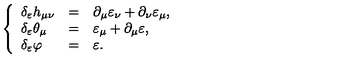
\left\{ \begin{array} { l l l } { \delta _ { \varepsilon } h _ { \mu \nu } } & { = } & { \partial _ { \mu } \varepsilon _ { \nu } + \partial _ { \nu } \varepsilon _ { \mu } , } \\ { \delta _ { \varepsilon } \theta _ { \mu } } & { = } & { \varepsilon _ { \mu } + \partial _ { \mu } \varepsilon , } \\ { \delta _ { \varepsilon } \varphi } & { = } & { \varepsilon . } \\ \end{array} \right.